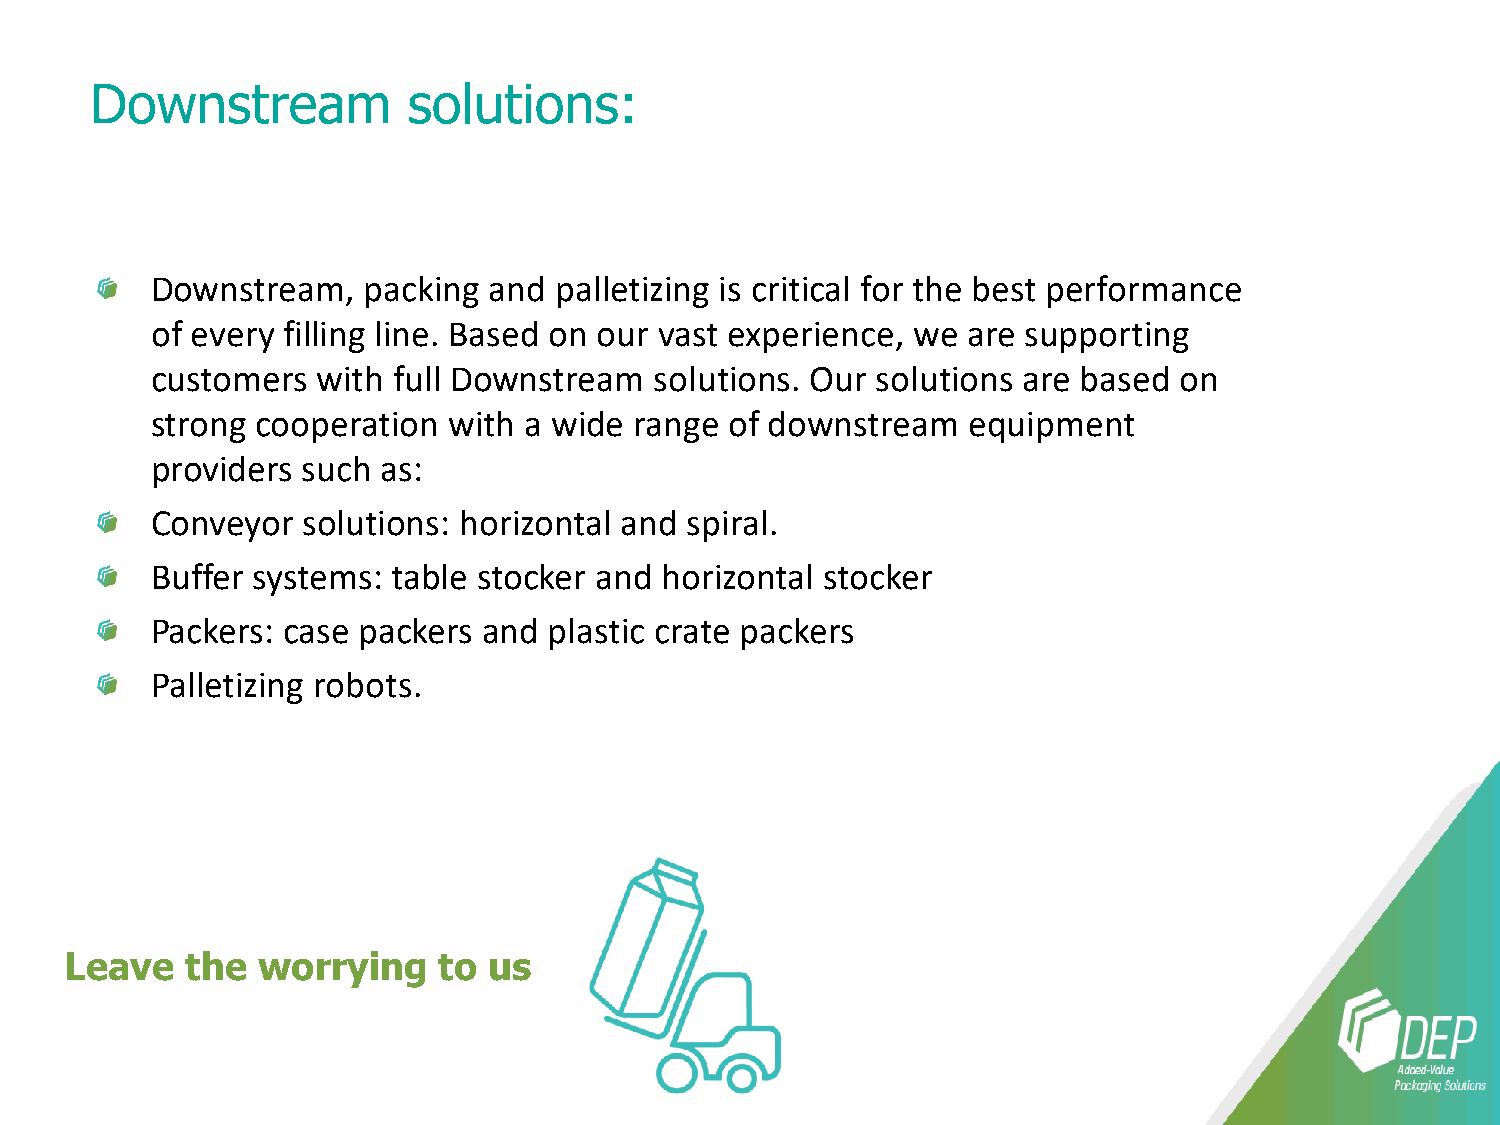
Downstream           solutions:
 Downstream,   packing and  palletizing is critical for the best performance
 of every filling line. Based on our vast experience, we are supporting
 customers  with full Downstream  solutions. Our solutions are based on
 strong cooperation  with a wide range of downstream   equipment
 providers such as:
 Conveyor  solutions: horizontal and spiral.
 Buffer systems: table stocker and horizontal stocker
 Packers: case packers and plastic crate packers
 Palletizing robots.
 Leave   the  worrying    to us